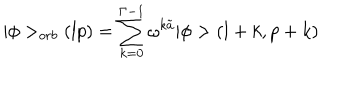
\vert \phi > _ { o r b } ( l p ) = \sum _ { k = 0 } ^ { \Gamma - 1 } \omega ^ { k \tilde { a } } \vert \phi > ( l + k , p + k )